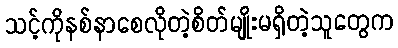
သင့်ကိုနစ်နာစေလိုတဲ့စိတ်မျိုးမရှိတဲ့သူတွေက